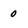
Character: 0